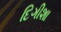
દિગીશા